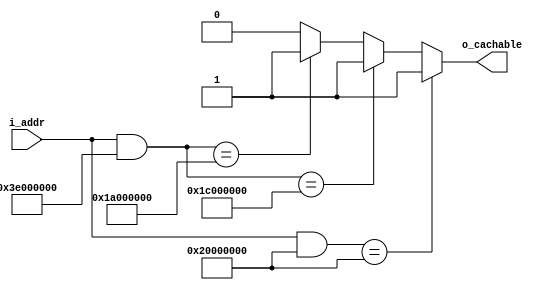
module iscachable(
		// {{{
		input	wire	[30-1:0]	i_addr,
		output	reg			o_cachable
		// }}}
	);

	always @(*)
	begin
		o_cachable = 1'b0;
		// Bus master: wb
		// Bus master: wb_dio
		// Bus master: wb_sio
		// bkram
		if ((i_addr[29:0] & 30'h3e000000) == 30'h1a000000)
			o_cachable = 1'b1;
		// flash
		if ((i_addr[29:0] & 30'h3e000000) == 30'h1c000000)
			o_cachable = 1'b1;
		// Bus master: rambus
		// sdram
		if ((i_addr[29:0] & 30'h20000000) == 30'h20000000)
			o_cachable = 1'b1;
	end

endmodule